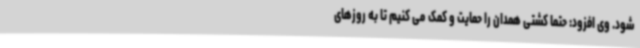
شود. وی افزود: حتما کشتی همدان را حمایت و کمک می کنیم تا به روزهای